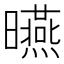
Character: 曣